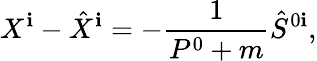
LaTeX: X^{\mathbf{i}}-\hat{{X}}^{\mathbf{i}}=-\frac{{1}}{{P^{0}+m}}\hat{{S}}^{0\mathbf{i}},